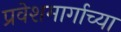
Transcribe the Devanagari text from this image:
प्रवेशमार्गाच्या